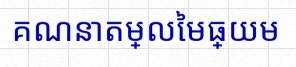
គណនាតម្លៃមធ្យម